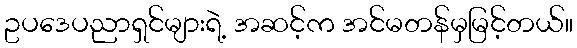
ဥပဒေပညာရှင်များရဲ့ အဆင့်က အင်မတန်မှမြင့်တယ်။